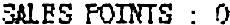
SALES POINTS : 0